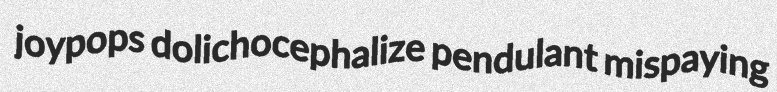
joypops dolichocephalize pendulant mispaying